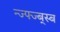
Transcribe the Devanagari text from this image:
न्ज्फ्ज्ब्स्ब